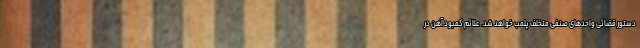
دستور قضائی واحد‌های صنفی متخلف پلمب خواهد شد. علائم کمبود آهن در